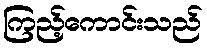
ကြည့်ကောင်းသည်